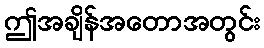
ဤအချိန်အတောအတွင်း